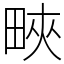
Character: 㽠